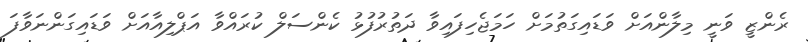
ރެންޒީ ވަނީ މިލާންއަށް ވަޑައިގަތުމަށް ހަމަޖެހިފައިވާ ދަތުރުފުޅު ކެންސަލް ކުރައްވާ އަޕްލިއާއަށް ވަޑައިގަންނަވާފަ